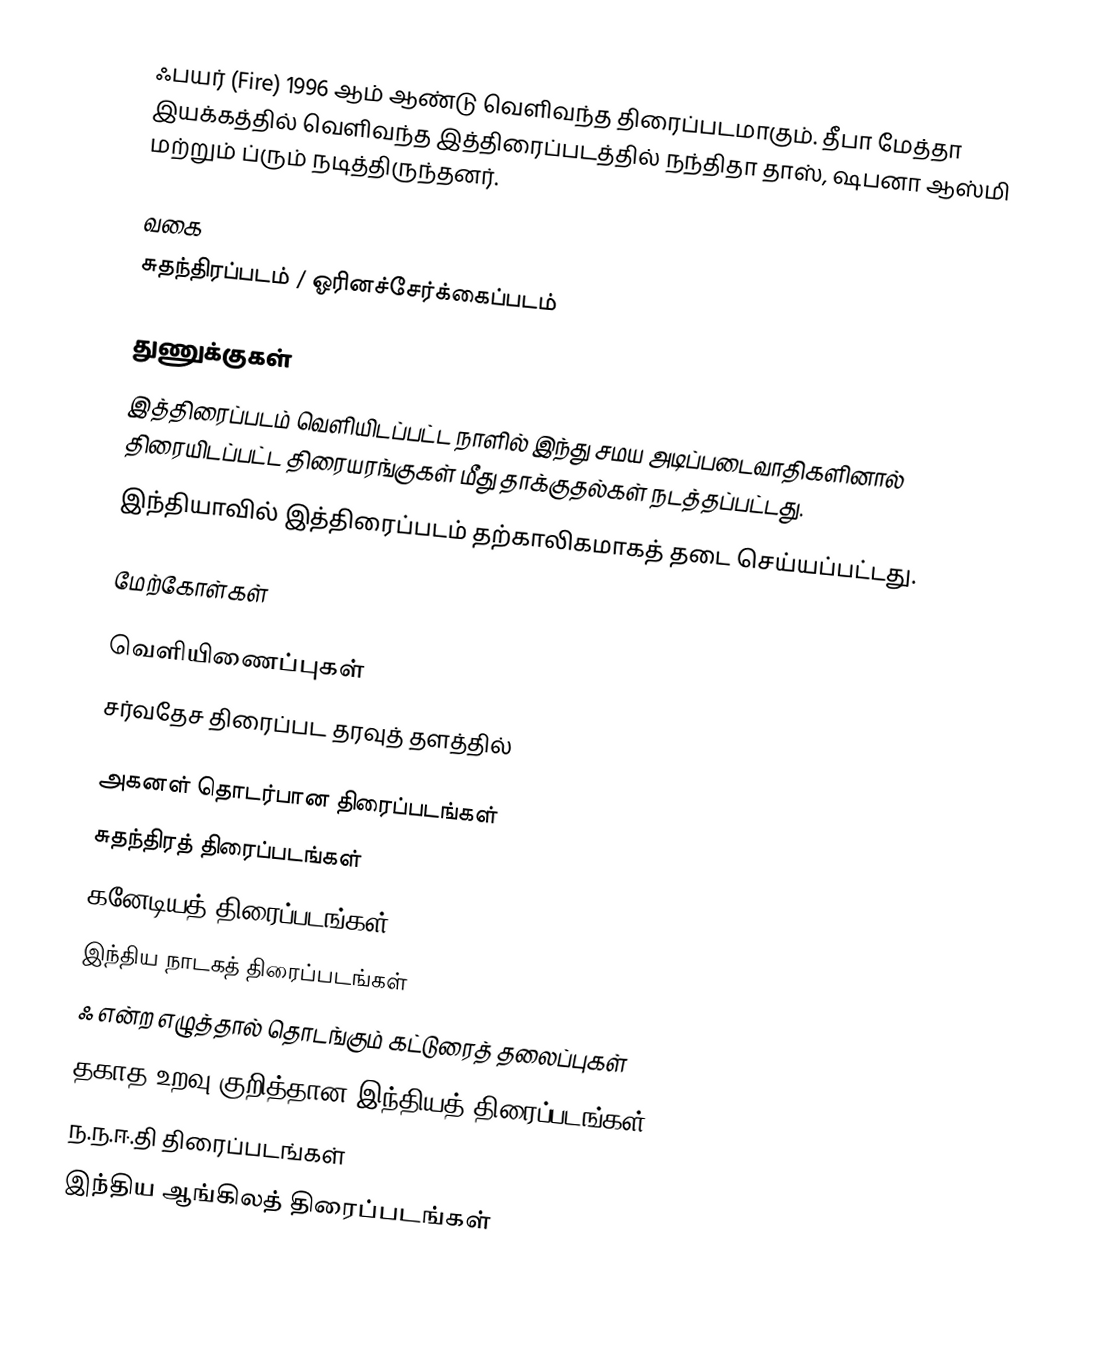
ஃபயர் (Fire) 1996 ஆம் ஆண்டு வெளிவந்த திரைப்படமாகும். தீபா மேத்தா இயக்கத்தில் வெளிவந்த இத்திரைப்படத்தில் நந்திதா தாஸ், ஷபனா ஆஸ்மி மற்றும் ப்ரும் நடித்திருந்தனர்.

வகை
சுதந்திரப்படம் / ஓரினச்சேர்க்கைப்படம்

துணுக்குகள்
 இத்திரைப்படம் வெளியிடப்பட்ட நாளில் இந்து சமய அடிப்படைவாதிகளினால் திரையிடப்பட்ட திரையரங்குகள் மீது தாக்குதல்கள் நடத்தப்பட்டது.
 இந்தியாவில் இத்திரைப்படம் தற்காலிகமாகத் தடை செய்யப்பட்டது.

மேற்கோள்கள்

வெளியிணைப்புகள்
சர்வதேச திரைப்பட தரவுத் தளத்தில்

அகனள் தொடர்பான திரைப்படங்கள்
சுதந்திரத் திரைப்படங்கள்
கனேடியத் திரைப்படங்கள்
இந்திய நாடகத் திரைப்படங்கள்
ஃ என்ற எழுத்தால் தொடங்கும் கட்டுரைத் தலைப்புகள்
தகாத உறவு குறித்தான இந்தியத் திரைப்படங்கள்
ந.ந.ஈ.தி திரைப்படங்கள்
இந்திய ஆங்கிலத் திரைப்படங்கள்